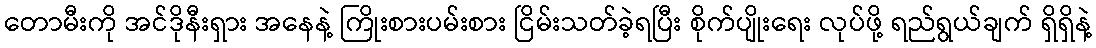
တောမီးကို အင်ဒိုနီးရှား အနေနဲ့ ကြိုးစားပမ်းစား ငြိမ်းသတ်ခဲ့ရပြီး စိုက်ပျိုးရေး လုပ်ဖို့ ရည်ရွယ်ချက် ရှိရှိနဲ့